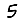
Digit: 5